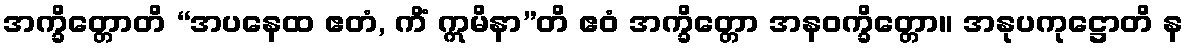
အက္ခိတ္တောတိ “အပနေထ ဧတံ, ကိံ ဣမိနာ”တိ ဧဝံ အက္ခိတ္တော အနဝက္ခိတ္တော။ အနုပကုဋ္ဌောတိ န